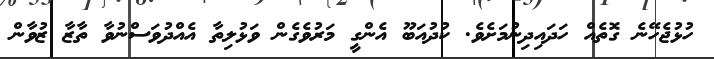
ހުޅުޖެހޭނެ ގޮތެއް ހަދައިދިނުމަށެވެ. ކުދުއަބޫ އެންގީ މަރުވެގެން ވަޅުލިތާ އެއްދުވަސްނުވާ ތާޒާ ޒުވާން